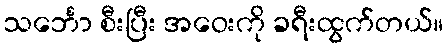
သင်္ဘော စီးပြီး အဝေးကို ခရီးထွက်တယ်။